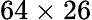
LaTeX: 64\times 26